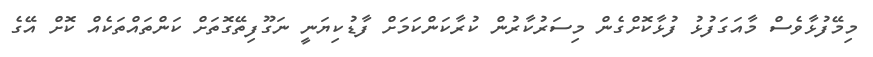
މިމޭފުޅާވެސް މާއަގަފުޅު ފުޅާކޮށްގެން މިސަރުކާރުން ކުރާކަންކަމަށް ފާޑުކިޔަނީ ނަގޫފިތޭގޮތަށް ކަންތައްތަކެއް ކޮށް އޭގެ